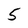
Character: 5